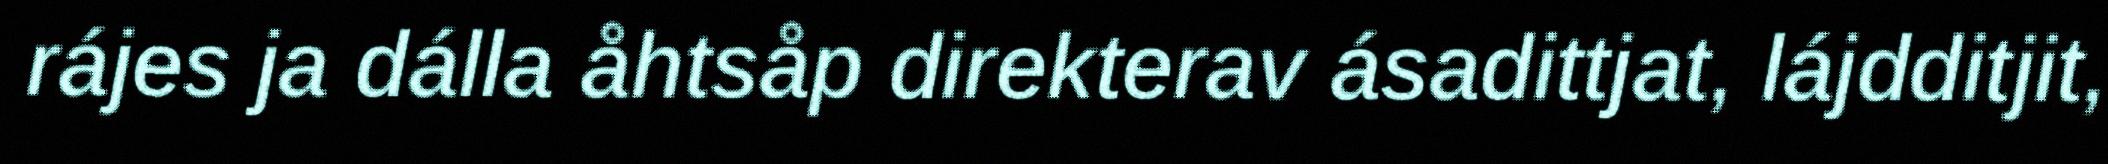
rájes ja dálla åhtsåp direkterav ásadittjat, lájdditjit,